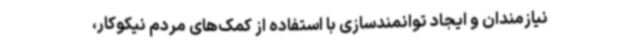
نیازمندان و ایجاد توانمندسازی با استفاده از کمک‌های مردم نیکوکار،